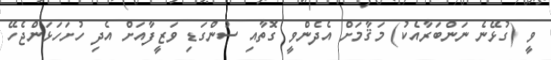
ވީ (ގުޅޭނެ ނަންބަރާއެކު) މަޤާމަށް އެދެންވީ ގޮތާއި ސުންގަޑި ވަޒީފާއަށް އެދި ހުށަހަޅަންޖެހޭ